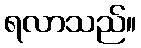
ရလာသည်။